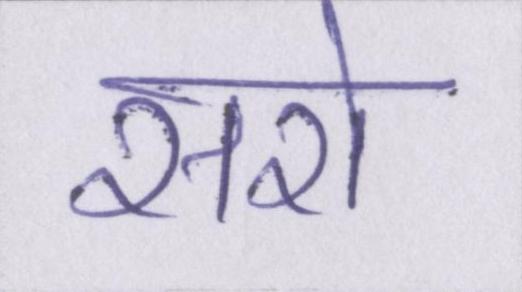
सरो